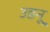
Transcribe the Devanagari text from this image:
उडनू